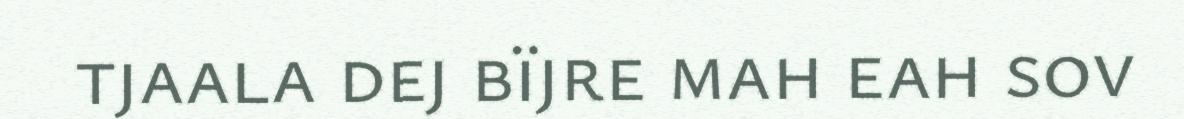
tjaala dej bïjre mah eah sov